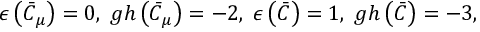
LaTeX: \epsilon \left( \bar { C } _ { \mu } \right) = 0 , \; g h \left( \bar { C } _ { \mu } \right) = - 2 , \; \epsilon \left( \bar { C } \right) = 1 , \; g h \left( \bar { C } \right) = - 3 ,